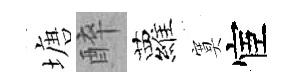
塘醉蘿寞宦